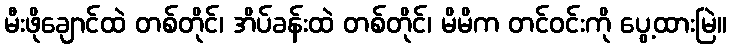
မီးဖိုချောင်ထဲ တစ်တိုင်၊ အိပ်ခန်းထဲ တစ်တိုင်၊ မိမိက တင်ဝင်းကို ပွေ့ထားမြဲ။